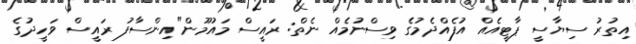
އިތުރު ސިޔާސީ ޕާޓީއެއް އުފެއްދެމުގެ ވިސްނުމެއް ނެތް: ރައީސް މައުމޫން"އިންސާފު ރައީސް ވަހީދުގެ